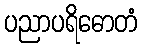
ပညာပရိဓောတံ